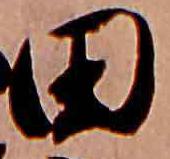
田